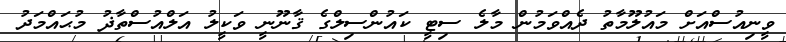
ވީނިއުސްއަށް މައުލޫމާތު ދެއްވަމުން މާލެ ސިޓީ ކައުންސިލްގެ ޤާނޫނީ ވަކީލު އަލްއުސްތާޛު މުޙައްމަދު